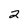
Character: 2